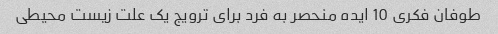
طوفان فکری 10 ایده منحصر به فرد برای ترویج یک علت زیست محیطی